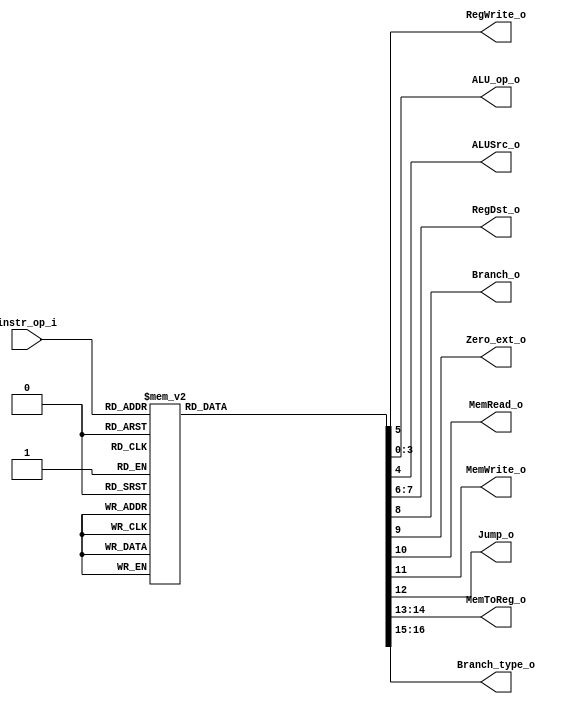
//Subject:     CO project 2 - Decoder
//--------------------------------------------------------------------------------
//Version:     1
//--------------------------------------------------------------------------------
//Writer:
//----------------------------------------------
//Date:
//----------------------------------------------
//Description:
//--------------------------------------------------------------------------------

module Decoder(
  instr_op_i,
	RegWrite_o,
	ALU_op_o,
	ALUSrc_o,
	RegDst_o,
	Branch_o,
  Zero_ext_o,
  MemRead_o,
  MemWrite_o,
  Jump_o,
  MemToReg_o,
  Branch_type_o
	);

//I/O ports
input  [6-1:0] instr_op_i;

output         RegWrite_o;
output [4-1:0] ALU_op_o;
output         ALUSrc_o;
output    [2-1:0]     RegDst_o;
output         Branch_o;
output         Zero_ext_o;
output         MemRead_o;
output         MemWrite_o;
output         Jump_o;
output [2-1:0]           MemToReg_o;
output [2-1:0] Branch_type_o;

//Internal Signals
reg    [4-1:0] ALU_op_o;
reg            ALUSrc_o;
reg            RegWrite_o;
reg    [2-1:0]        RegDst_o;
reg            Branch_o;
reg            regZero_ext_o;
reg			   Zero_ext_o;
reg            MemRead_o;
reg            MemWrite_o;
reg            Jump_o;
reg     [2-1:0]       MemToReg_o;
reg     [2-1:0]       Branch_type_o;

//Parameter


//Main function
// op code
// 000: load/save word
// 001: branch equal
// 010: r type
// 011: ADD
// 100: SLT
// 101: LUI
// 110: OR
// 111: AND

always @(*) begin
    case (instr_op_i)
        6'b000000: begin // r type
            ALU_op_o = 4'b0010;
            ALUSrc_o = 0;
            RegWrite_o = 1;
            RegDst_o = 1;
            Branch_o = 0;
            Zero_ext_o = 0;
            MemRead_o = 0;
            MemWrite_o = 0;
            Jump_o = 0;
            MemToReg_o = 0;
            Branch_type_o = 0;
        end
        6'b000100: begin // beq
            ALU_op_o = 4'b0000;
            ALUSrc_o = 0;
            RegWrite_o = 0;
            RegDst_o = 0; //x
            Branch_o = 1;
            Zero_ext_o = 0;
            MemRead_o = 0;
            MemWrite_o = 0;
            Jump_o = 0;
            MemToReg_o = 0;
            Branch_type_o = 0;
        end
        6'b001000: begin // addi
            ALU_op_o = 4'b0011;
            ALUSrc_o = 1;
            RegWrite_o = 1;
            RegDst_o = 0;
            Branch_o = 0;
            Zero_ext_o = 0;
            MemRead_o = 0;
            MemWrite_o = 0;
            Jump_o = 0;
            MemToReg_o = 0;
            Branch_type_o = 0;
        end
        6'b001001: begin // sltiu
            ALU_op_o = 4'b0100;
            ALUSrc_o = 1;
            RegWrite_o = 1;
            RegDst_o = 0;
            Branch_o = 0;
            Zero_ext_o = 0;
            MemRead_o = 0;
            MemWrite_o = 0;
            Jump_o = 0;
            MemToReg_o = 0;
            Branch_type_o = 0;
        end
		  /*
        6'b001111: begin // lui
            ALU_op_o = 4'b0101;
            ALUSrc_o = 1;
            RegWrite_o = 1;
            RegDst_o = 0;
            Branch_o = 0;
            Zero_ext_o = 0;
            MemRead_o = 0;
            MemWrite_o = 0;
            Jump_o = 0;
            MemToReg_o = 0;
            Branch_type_o = 0;
        end
		  */
        6'b001101: begin // ori
            ALU_op_o = 4'b0110;
            ALUSrc_o = 1;
            RegWrite_o = 1;
            RegDst_o = 0;
            Branch_o = 0;
            Zero_ext_o = 1;
            MemRead_o = 0;
            MemWrite_o = 0;
            Jump_o = 0;
            MemToReg_o = 0;
            Branch_type_o = 0;
        end
		6'b000101: begin // bne
            ALU_op_o = 4'b0000;
            ALUSrc_o = 0;
            RegWrite_o = 0;
            RegDst_o = 0; 
            Branch_o = 1;
            Zero_ext_o = 0;
            MemRead_o = 0;
            MemWrite_o = 0;
            Jump_o = 0;
            MemToReg_o = 0;
            Branch_type_o = 1;
        end
		  6'b000110: begin // ble
            ALU_op_o = 4'b0000;
            ALUSrc_o = 0;
            RegWrite_o = 0;
            RegDst_o = 0; 
            Branch_o = 1;
            Zero_ext_o = 0;
            MemRead_o = 0;
            MemWrite_o = 0;
            Jump_o = 0;
            MemToReg_o = 0;
            Branch_type_o = 2;
        end
		  6'b000101: begin // bnez
            ALU_op_o = 4'b0000;
            ALUSrc_o = 0;
            RegWrite_o = 0;
            RegDst_o = 0; 
            Branch_o = 1;
            Zero_ext_o = 0;
            MemRead_o = 0;
            MemWrite_o = 0;
            Jump_o = 0;
            MemToReg_o = 0;
				Branch_type_o = 1;
        end
		  6'b000001: begin // bltz
            ALU_op_o = 4'b0000;
            ALUSrc_o = 0;
            RegWrite_o = 0;
            RegDst_o = 0; 
            Branch_o = 1;
            Zero_ext_o = 0;
            MemRead_o = 0;
            MemWrite_o = 0;
            Jump_o = 0;
            MemToReg_o = 0;
				Branch_type_o = 3;
        end
        6'b100011: begin //  lw
          ALU_op_o = 4'b0011;
          ALUSrc_o = 1;
          RegWrite_o = 1;
          RegDst_o = 0; //x
          Branch_o = 0;
          Zero_ext_o = 0;
          MemRead_o = 1;
          MemWrite_o = 0;
          Jump_o = 0;
          MemToReg_o = 1;
          Branch_type_o = 0;
        end
        6'b101011: begin //  sw
          ALU_op_o = 4'b0011;
          ALUSrc_o = 1;
          RegWrite_o = 0;
          RegDst_o = 0; //x
          Branch_o = 0;
          Zero_ext_o = 0;
          MemRead_o = 0;
          MemWrite_o = 1;
          Jump_o = 0;
          MemToReg_o = 0;
          Branch_type_o = 0;
        end
        6'b000010: begin //  jump
            ALU_op_o = 4'b0000;
            ALUSrc_o = 0;
            RegWrite_o = 0;
            RegDst_o = 0; //x
            Branch_o = 0;
            Zero_ext_o = 0;
            MemRead_o = 0;
            MemWrite_o = 0;
            Jump_o = 1;
            MemToReg_o = 0;
            Branch_type_o = 0;
        end
			6'b000011 : begin //  jal
            ALU_op_o = 4'b0000;
            ALUSrc_o = 0;
            RegWrite_o = 1;
            RegDst_o = 2;
            Branch_o = 0;
            Zero_ext_o = 0;
            MemRead_o = 0;
            MemWrite_o = 0;
            Jump_o = 1;
            MemToReg_o = 2;
            Branch_type_o = 0;
        end
		  6'b001111 : begin //  li
            ALU_op_o = 4'b0011;
            ALUSrc_o = 1;
            RegWrite_o = 1;
            RegDst_o = 0;
            Branch_o = 0;
            Zero_ext_o = 1;
            MemRead_o = 0;
            MemWrite_o = 0;
            Jump_o = 0;
            MemToReg_o = 3;
            Branch_type_o = 0;
        end
        default: begin
            ALU_op_o = 4'bxxx;
            ALUSrc_o = 0;
            RegWrite_o = 0;
            RegDst_o = 0;
            Branch_o = 0;
            Zero_ext_o = 0;
            MemRead_o = 0;
            MemWrite_o = 0;
            Jump_o = 0;
            MemToReg_o = 0;
            Branch_type_o = 0;
        end
    endcase
end
endmodule